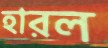
হারল